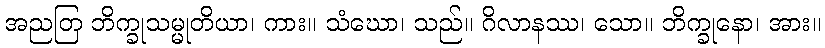
အညတြ ဘိက္ခုသမ္မုတိယာ၊ ကား။ သံဃော၊ သည်။ ဂိလာနဿ၊ သော။ ဘိက္ခုနော၊ အား။